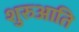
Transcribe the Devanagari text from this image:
शुरुआति